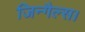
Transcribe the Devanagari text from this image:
जिन्गैल्स।